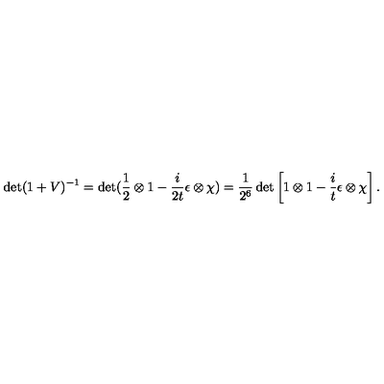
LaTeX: \det ( 1 + V ) ^ { - 1 } = \det ( \frac { 1 } { 2 } \otimes 1 - \frac { i } { 2 t } \epsilon \otimes \chi ) = \frac { 1 } { 2 ^ { 6 } } \det \left[ 1 \otimes 1 - \frac { i } { t } \epsilon \otimes \chi \right] .